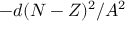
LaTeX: - d ( N - Z ) ^ { 2 } / A ^ { 2 }